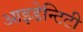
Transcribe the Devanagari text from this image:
आइडेन्टिटी